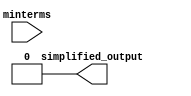
module prime_implicant_logic (
    input wire [3:0] minterms,  // Input minterms (4 bits for up to 16 minterms)
    output wire simplified_output // Output of the simplified Boolean function
);

// Internal signals
reg [15:0] implicants;         // Store implicants (up to 16)
reg [15:0] essential_implicants; // Store essential prime implicants
wire [15:0] prime_implicants;  // Store the prime implicants
integer i;

// Function to generate prime implicants
function [15:0] generate_prime_implicants;
    input [3:0] minterms; // Minterms input
    reg [15:0] implicants;
    begin
        // Here we would implement the logic to determine the implicants
        // This is a placeholder for the actual implementation
        // For example, if minterms = 4'b1001 (minterms 1 and 3), then it would generate
        // implicants accordingly, but it's not implemented in this simple example.
        implicants = 16'b0000_0000_0000_0000; // Placeholder
        generate_prime_implicants = implicants;
    end
endfunction

// Function to select essential prime implicants
function [15:0] select_essential_implicants;
    input [15:0] implicants;
    begin
        // Here we would implement the logic to select essential prime implicants
        // This is a placeholder as well
        select_essential_implicants = implicants; // Directly return for simplicity
    end
endfunction

// Combinational logic to generate prime implicants and select essential implicants
always @(*) begin
    implicants = generate_prime_implicants(minterms);
    essential_implicants = select_essential_implicants(implicants);
end

// Final output logic (combination of essential implicants)
assign simplified_output = |essential_implicants[3:0]; // Example logic, replace with actual logic

endmodule